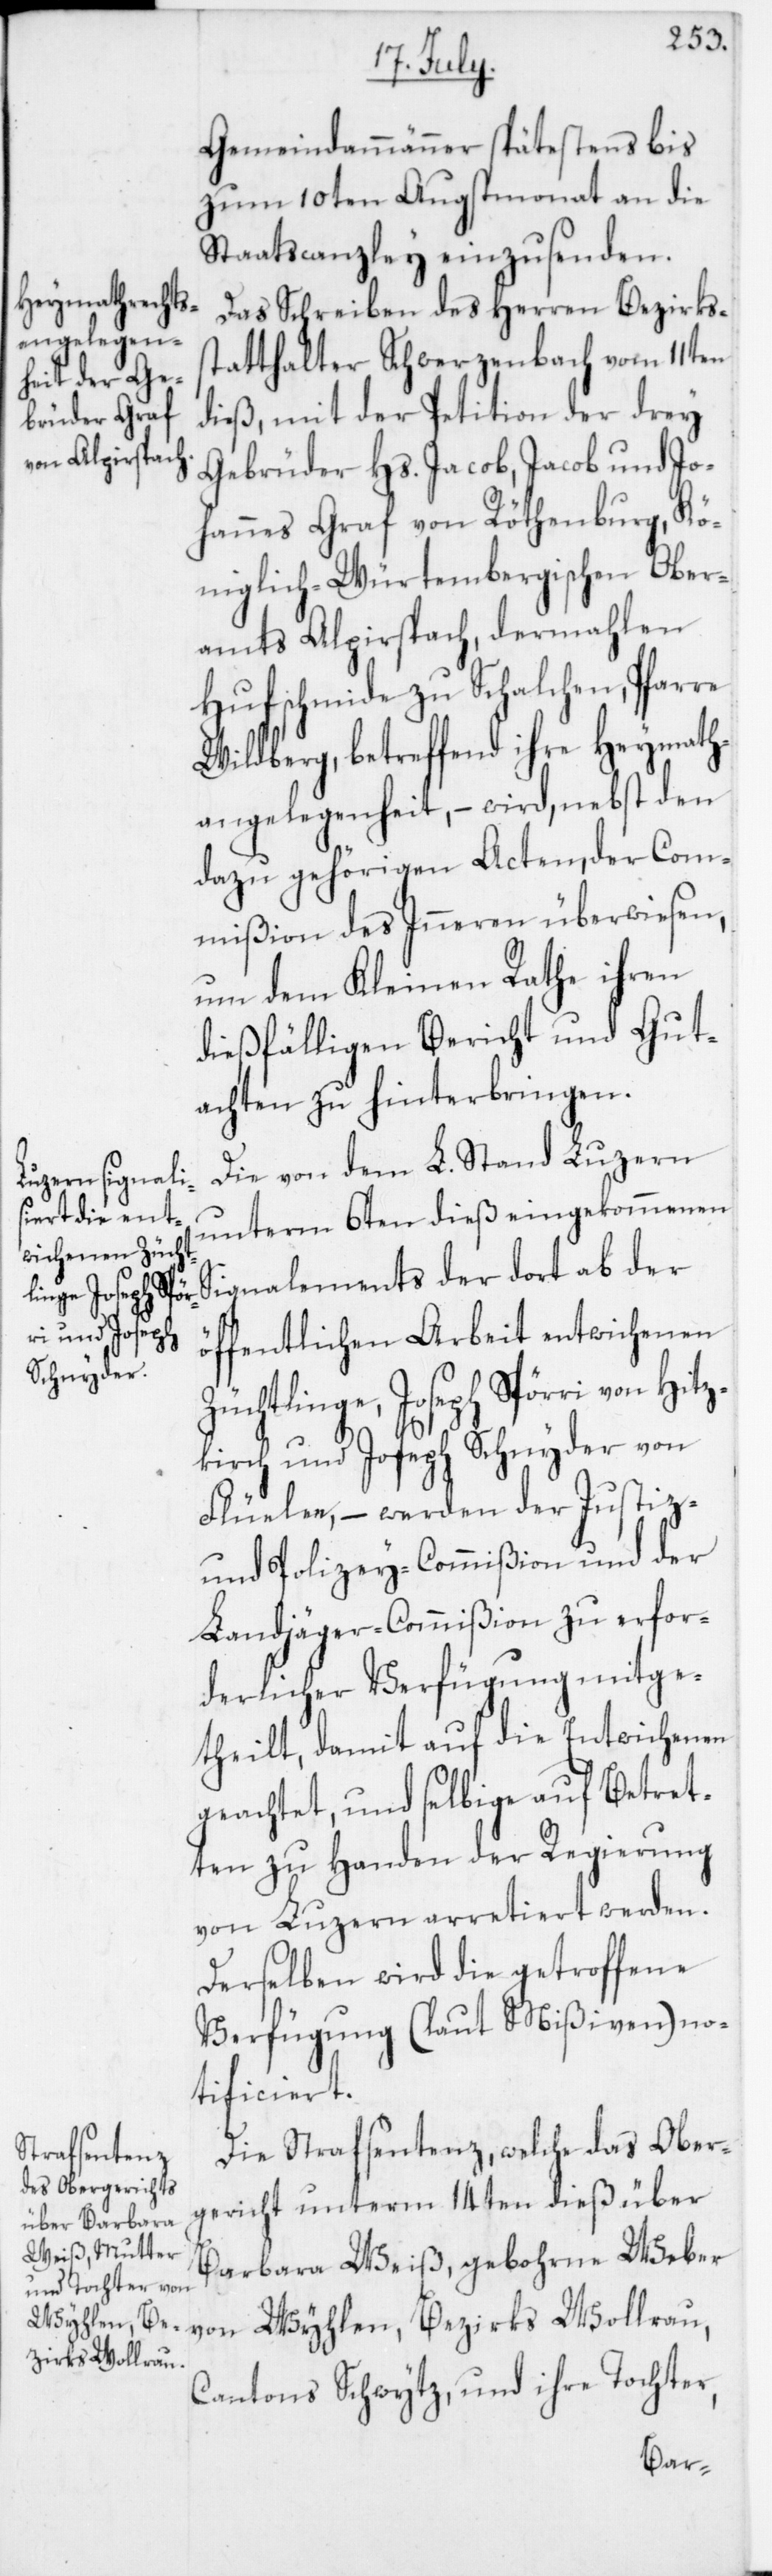
Gemeindammänner spätestens bis
zum 10ten Augstmonat an die
Staatscanzley einzusenden.
Das Schreiben des Herren Bezirks¬
statthalter Schwerzenbach vom 11ten
dieß, mit der Petition der drey
Gebrüder Hs. Jacob, Jacob und Jo¬
hannes Graf von Röthenburg, Kö¬
niglich-Würtembergischen Ober¬
amts Alpirspach, dermahlen
Hufschmide zu Schalchen, Pfarre
Wildberg, betreffend ihre Heymath¬
angelegenheit, – wird nebst den
dazu gehörigen Acten, der Com¬
mißion des Inneren überwiesen,
um dem Kleinen Rathe ihren
dießfälligen Bericht und Gut¬
achten zu hinterbringen.
Die von dem L. Stand Luzern
unterm 6ten dieß eingekommenen
Signalements der dort ab der
öffentlichen Arbeit entwichenen
Züchtlinge, Joseph Spörri von Hitz¬
kirch und Joseph Schnyder von
Flüelen, – werden der Justiz-
und Polizey-Commißion und der
Landjäger-Commißion zu erfor¬
derlicher Verfügung mitge¬
theilt, damit auf die Entwichenen
geachtet, und selbige auf Betret¬
ten zu Handen der Regierung
von Luzern arretiert werden.
Derselben wird die getroffene
Verfügung (laut Mißiven) no¬
tificiert.
Die Strafsentenz, welche das Ober¬
gericht unterm 14ten dieß über
Barbara Weiß, gebohrne Weber
von Wyhlen, Bezirks Wollerau,
Cantons Schwytz, und ihre Tochter,